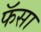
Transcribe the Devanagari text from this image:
फॅसा